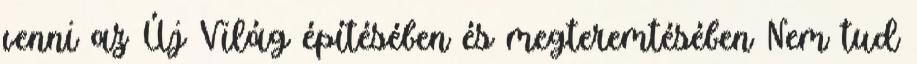
venni az Új Világ építésében és megteremtésében Nem tud